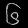
Digit: ၆